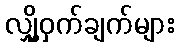
လျှို့ဝှက်ချက်များ